Senior Leaving Certificate Examination (including Day School Certificate (Higher) General paper), 1950
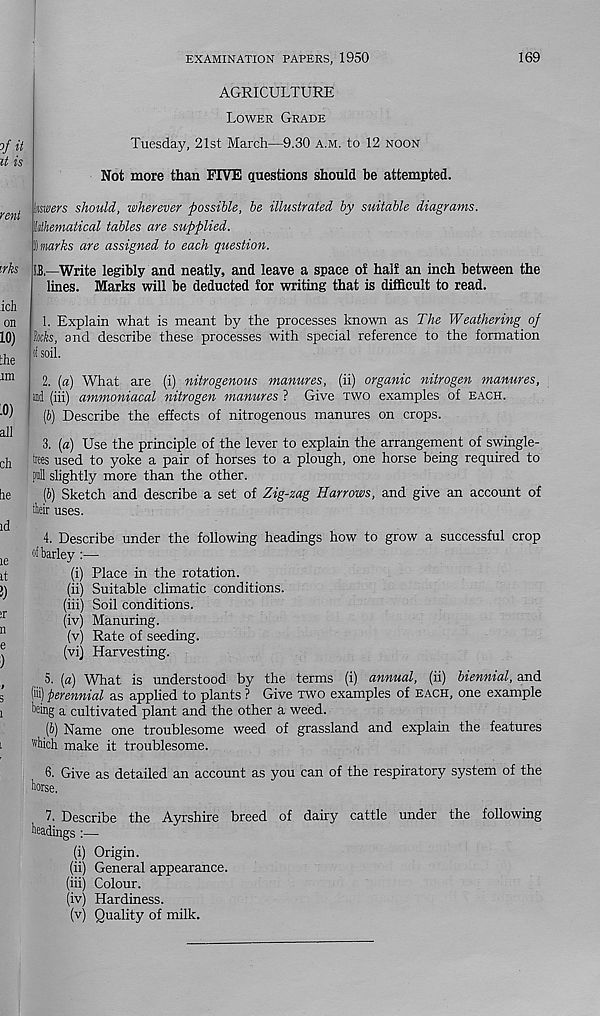
EXAMINATION PAPERS, 1950
169
AGRICULTURE
Lower Grade
of it
it is
rent
rks
Tuesday, 21st March—9.30 a.m. to 12 noon
Not more than FIVE questions should be attempted.
imers should, wherever possible, be illustrated by suitable diagrams.
Uhematical tables are supplied.
§ marks are assigned to each question.
LB—Write legibly and neatly, and leave a space of half an inch between the
lines. Marks will be deducted for writing that is difficult to read.
ich
on
10)
the
im
0)
all
ch
he
id
le
it
1. Explain what is meant by the processes known as The Weathering of
Ms, and describe these processes with special reference to the formation
of soil.
2. [a) What are (i) nitrogenous manures, (ii) organic nitrogen manures,
ffld (iii) ammoniacal nitrogen manures ? Give two examples of each.
(6) Describe the effects of nitrogenous manures on crops.
3. {a) Use the principle of the lever to explain the arrangement of swingle-
trees used to yoke a pair of horses to a plough, one horse being required to
pull slightly more than the other.
[b) Sketch and describe a set of Zig-zag Harrows, and give an account of
tlieir uses.
4. Describe under the following headings how to grow a successful crop
of barley :—
(i) Place in the rotation.
(ii) Suitable climatic conditions.
(iii) Soil conditions.
(iv) Manuring.
(v) Rate of seeding.
(vi) Harvesting.
5. {a) What is understood by the terms (i) annual, (ii) biennial, and
fill) perennial as applied to plants ? Give two examples of each, one example
being a cultivated plant and the other a weed.
(b) Name one troublesome weed of grassland and explain the features
which make it troublesome.
6. Give as detailed an account as you can of the respiratory system of the
horse.
7. Describe the Ayrshire breed of dairy
headings :—
(i) Origin.
(ii) General appearance,
(hi) Colour.
(iv) Hardiness.
(v) Quality of milk.
cattle under the following